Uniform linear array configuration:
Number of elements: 48
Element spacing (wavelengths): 1
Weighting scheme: blackman
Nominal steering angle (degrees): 0
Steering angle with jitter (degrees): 0.5774
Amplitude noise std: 0.05
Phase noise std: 0.05

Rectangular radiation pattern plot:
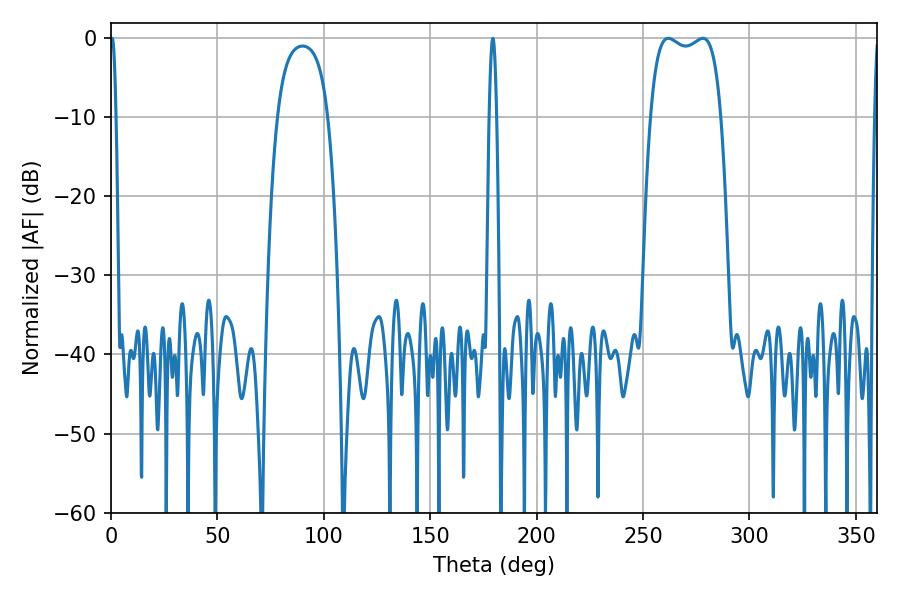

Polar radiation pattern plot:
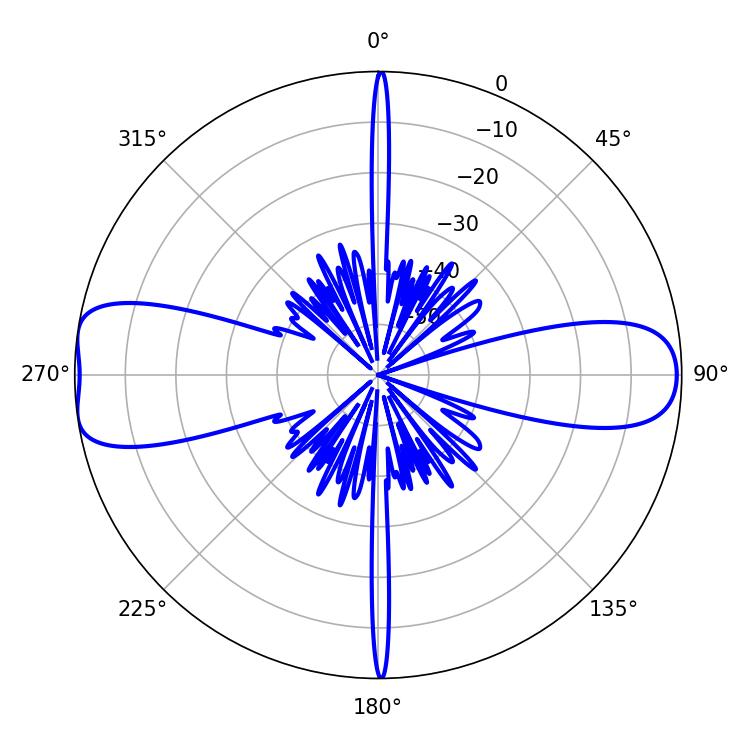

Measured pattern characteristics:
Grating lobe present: TRUE
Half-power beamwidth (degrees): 26.64
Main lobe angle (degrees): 261.9